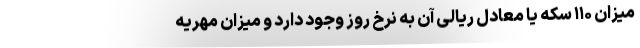
میزان ۱۱۰ سکه یا معادل ریالی آن به نرخ روز وجود دارد و میزان مهریه